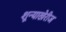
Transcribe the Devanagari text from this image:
शून्याखेरीज